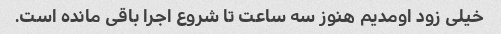
خیلی زود اومدیم هنوز سه ساعت تا شروع اجرا باقی مانده است.